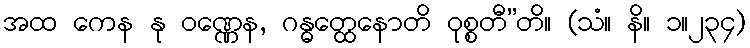
အထ ကေန နု ဝဏ္ဏေန, ဂန္ဓတ္ထေနောတိ ဝုစ္စတီ”တိ။ (သံ။ နိ။ ၁။၂၃၄)